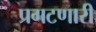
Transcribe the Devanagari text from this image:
प्रगटणारी